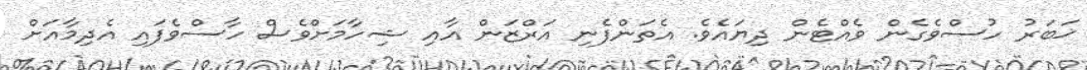
ޚަބަރު ހުސްވެގެން ވެއްޓެން ދިޔައެވެ. އެތަންފެނި އަރްޒަން އާއި ޝިހާމަށްވެސް ހާސްވެފައި އެދިމާއަށް